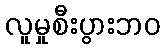
လူမှုစီးပွားဘဝ